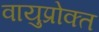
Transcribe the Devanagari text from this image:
वायुप्रोक्त